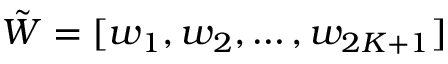
\Tilde { W } = [ w _ { 1 } , w _ { 2 } , \dots , w _ { 2 K + 1 } ]